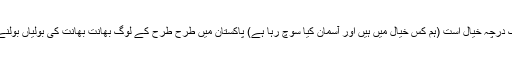
مادرچہ خیالیم و فلک درچہ خیال است (ہم کس خیال میں ہیں اور آسمان کیا سوچ رہا ہے) پاکستان میں طرح طرح کے لوگ بھانت بھانت کی بولیاں بولنے میں مصروف ہیں۔